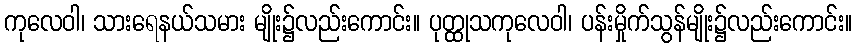
ကုလေဝါ၊ သားရေနယ်သမား မျိုး၌လည်းကောင်း။ ပုတ္ထုသကုလေဝါ၊ ပန်းမှိုက်သွန်မျိုး၌လည်းကောင်း။